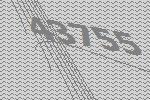
43755